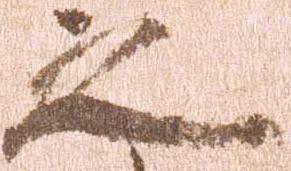
之